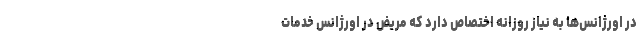
در اورژانس‌ها به نیاز روزانه اختصاص دارد که مریض در اورژانس خدمات